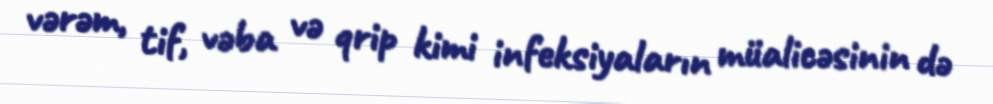
vərəm, tif, vəba və qrip kimi infeksiyaların müalicəsinin də